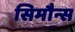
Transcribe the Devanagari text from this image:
सिमौन्स